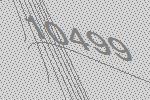
10499